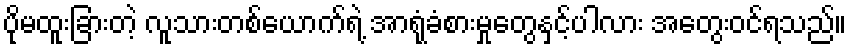
ပိုမထူးခြားတဲ့ လူသားတစ်ယောက်ရဲ့ အာရုံခံစားမှုတွေနှင့်ပါလား အတွေးဝင်ရသည်။